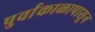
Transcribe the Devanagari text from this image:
पुर्वाकाळापासून